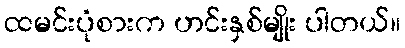
ထမင်းပုံစားက ဟင်းနှစ်မျိုး ပါတယ်။